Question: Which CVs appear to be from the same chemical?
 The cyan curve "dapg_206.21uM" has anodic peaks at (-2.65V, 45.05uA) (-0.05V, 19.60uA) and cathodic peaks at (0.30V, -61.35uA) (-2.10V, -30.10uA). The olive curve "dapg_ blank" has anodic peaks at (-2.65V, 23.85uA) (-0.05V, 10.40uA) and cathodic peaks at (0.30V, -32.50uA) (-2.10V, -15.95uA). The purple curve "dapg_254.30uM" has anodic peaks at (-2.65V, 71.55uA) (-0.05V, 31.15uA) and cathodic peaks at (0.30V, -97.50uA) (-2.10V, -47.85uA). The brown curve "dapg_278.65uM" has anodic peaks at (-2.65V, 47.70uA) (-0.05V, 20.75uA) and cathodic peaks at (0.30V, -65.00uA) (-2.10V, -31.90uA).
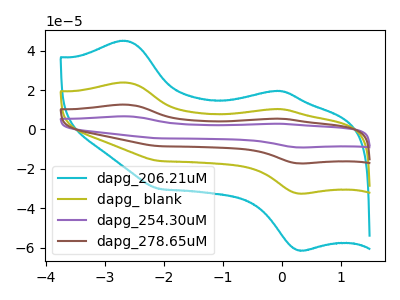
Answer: <think>All the peaks in "dapg_206.21uM" have a peak in "dapg_ blank" at the same potential. Every peak in "dapg_206.21uM" is higher than every peak in "dapg_ blank". All the peaks in "dapg_206.21uM" have a peak in "dapg_254.30uM" at the same potential. Every peak in "dapg_206.21uM" is lower than every peak in "dapg_254.30uM". All the peaks in "dapg_206.21uM" have a peak in "dapg_278.65uM" at the same potential. Every peak in "dapg_206.21uM" is lower than every peak in "dapg_278.65uM". All the peaks in "dapg_ blank" have a peak in "dapg_254.30uM" at the same potential. Every peak in "dapg_ blank" is lower than every peak in "dapg_254.30uM". All the peaks in "dapg_ blank" have a peak in "dapg_278.65uM" at the same potential. Every peak in "dapg_ blank" is lower than every peak in "dapg_278.65uM". All the peaks in "dapg_254.30uM" have a peak in "dapg_278.65uM" at the same potential. Every peak in "dapg_254.30uM" is higher than every peak in "dapg_278.65uM".
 </think>
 <answer>"dapg_206.21uM", "dapg_ blank", "dapg_254.30uM" and "dapg_278.65uM" have the same shape and are likely CV's of the same chemical.</answer>
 <eval>"dapg_206.21uM" "dapg_ blank" "dapg_254.30uM" "dapg_278.65uM"</eval>